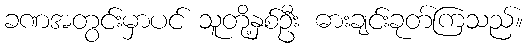
ခဏအတွင်းမှာပင် သူတို့နှစ်ဦး ဓားချင်းခုတ်ကြသည်။